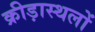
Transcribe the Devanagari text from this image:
क्रीड़ास्थलों